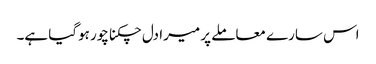
اس سارے معاملے پر میرا دل چکنا چور ہوگیا ہے۔